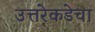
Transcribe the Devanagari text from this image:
उत्तरेकडेचा